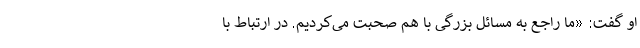
او گفت: «ما راجع به مسائل بزرگی با هم صحبت می‌کردیم. در ارتباط با